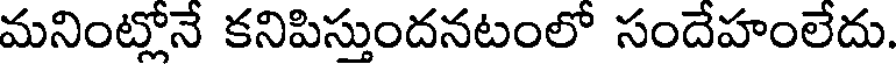
మనింట్లోనే కనిపిస్తుందనటంలో సందేహంలేదు.